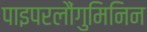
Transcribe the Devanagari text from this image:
पाइपरलौंगुमिनिन